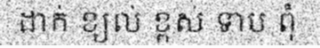
ដាក់ ខ្យល់ ខ្ពស់ ទាប ពុំ